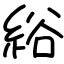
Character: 綌